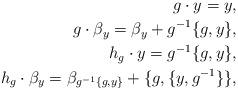
LaTeX: \begin{align*}g\cdot y= y,\\g\cdot \beta_y=\beta_y+g^{-1}\{g, y\},\\h_g\cdot y=g^{-1}\{g, y\},\\h_g\cdot \beta_y=\beta_{g^{-1}\{g, y\}}+\{g, \{y, g^{-1}\}\},\end{align*}